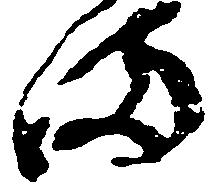
ま